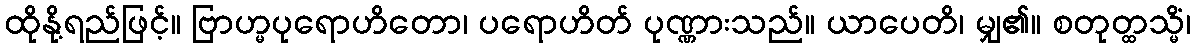
ထိုနို့ရည်ဖြင့်။ ဗြာဟ္မပုရောဟိတော၊ ပရောဟိတ် ပုဏ္ဏားသည်။ ယာပေတိ၊ မျှ၏။ စတုတ္ထသ္မိံ၊